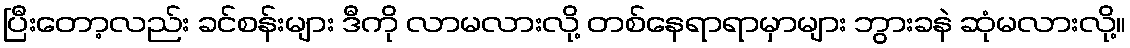
ပြီးတော့လည်း ခင်စန်းများ ဒီကို လာမလားလို့ တစ်နေရာရာမှာများ ဘွားခနဲ ဆုံမလားလို့။